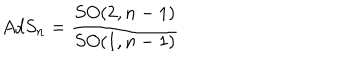
A d S _ { n } = \frac { S O ( 2 , n - 1 ) } { S O ( 1 , n - 1 ) }